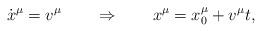
LaTeX: \begin{align*} \dot x^\mu = v^\mu \qquad \Rightarrow \qquad x^\mu = x_0^\mu +v^\mu t,\end{align*}